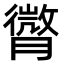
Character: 𦡒